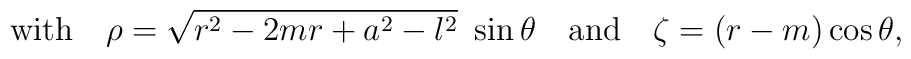
\hbox{\rm with} \quad \rho=\sqrt{r^2-2mr+a^2-l^2}\ \sin\theta  \quad \hbox{\rm and} \quad   \zeta=(r-m)\cos\theta,